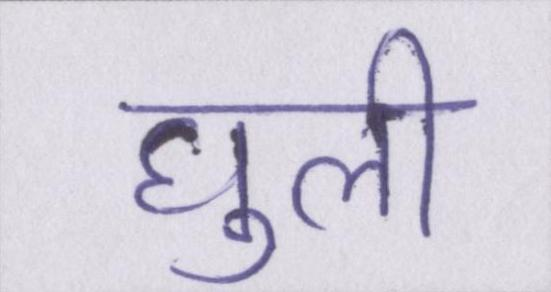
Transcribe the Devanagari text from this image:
घुली